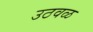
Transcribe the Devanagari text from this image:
उठवळ